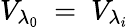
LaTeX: {{V}_{{{\lambda}_{0}}}}\mathrm{~=~}{{V}_{{{\lambda}_{i}}}}